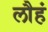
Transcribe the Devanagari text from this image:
लौहं